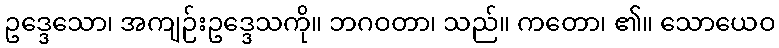
ဥဒ္ဒေသော၊ အကျဉ်းဥဒ္ဒေသကို။ ဘဂဝတာ၊ သည်။ ကတော၊ ၏။ သောယေဝ